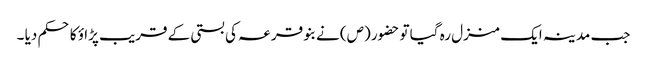
جب مدینہ ایک منزل رہ گیا تو حضور (ص) نے بنو قر عہ کی بستی کے قریب پڑا ؤ کا حکم دیا ۔